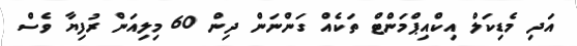
އަދި މެޑިކަލް އިކްއިޕްމަންޓް ތަކެއް ގަންނަން ދިން 60 މިލިއަން ރުފިޔާ ވެސް